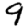
Digit: 9